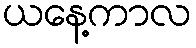
ယနေ့ကာလ